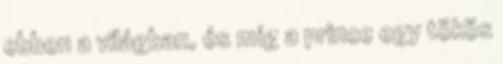
ebben a világban, és míg a prince egy tökös